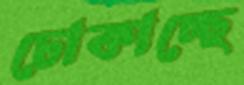
ঢোকাচ্ছে